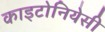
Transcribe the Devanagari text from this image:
काइटोनियेसी